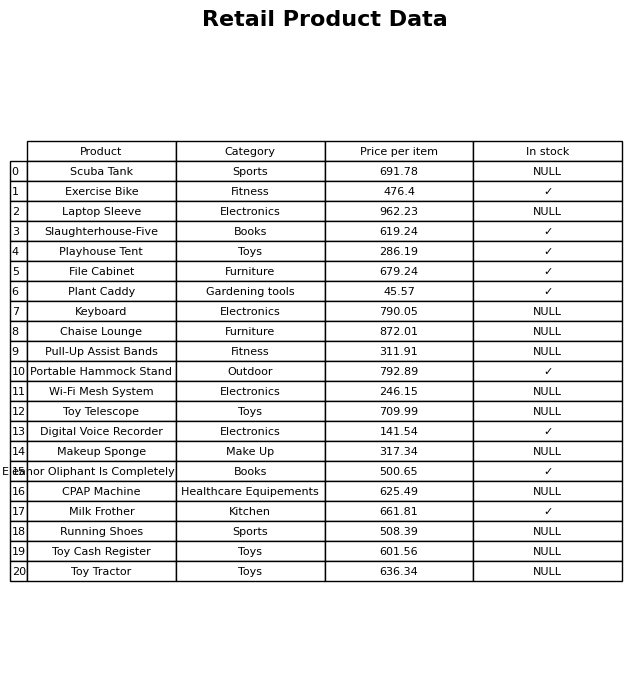
question: What is the price of the Portable Hammock Stand?
answer: The price of Portable Hammock Stand is 792.89.